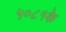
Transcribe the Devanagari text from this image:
५०८१के